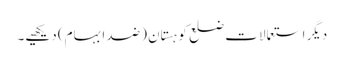
دیگر استعمالات ضلع کوہستان (ضد ابہام) دیکھیے۔